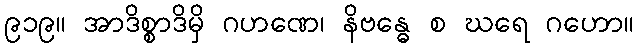
၉၁၉။ အာဒိစ္စာဒိမှိ ဂဟဏေ၊ နိဗန္ဓေ စ ဃရေ ဂဟော။